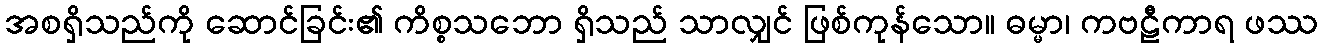
အစရှိသည်ကို ဆောင်ခြင်း၏ ကိစ္စသဘော ရှိသည် သာလျှင် ဖြစ်ကုန်သော။ ဓမ္မာ၊ ကဗဠီကာရ ဖဿ